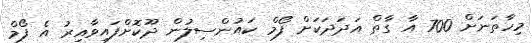
މިހާތަނަށް 700 އާ ގާތް އަދަދަކަށް ފޯމް ކައުންސިލުން ދޫކޮށްފައިވާއިރު އެ ފޯމް